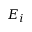
E _ { i }